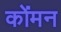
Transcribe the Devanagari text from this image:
कोंमन